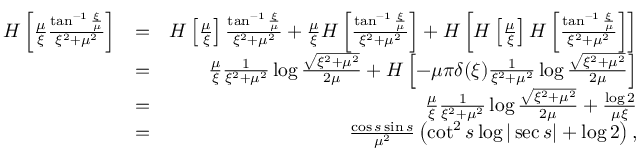
\begin{array} { r l r } { H \left[ \frac { \mu } { \xi } \frac { \tan ^ { - 1 } \frac { \xi } { \mu } } { \xi ^ { 2 } + \mu ^ { 2 } } \right] } & { = } & { H \left[ \frac { \mu } { \xi } \right] \frac { \tan ^ { - 1 } \frac { \xi } { \mu } } { \xi ^ { 2 } + \mu ^ { 2 } } + \frac { \mu } { \xi } H \left[ \frac { \tan ^ { - 1 } \frac { \xi } { \mu } } { \xi ^ { 2 } + \mu ^ { 2 } } \right] + H \left[ H \left[ \frac { \mu } { \xi } \right] H \left[ \frac { \tan ^ { - 1 } \frac { \xi } { \mu } } { \xi ^ { 2 } + \mu ^ { 2 } } \right] \right] } \\ & { = } & { \frac { \mu } { \xi } \frac { 1 } { \xi ^ { 2 } + \mu ^ { 2 } } \log \frac { \sqrt { \xi ^ { 2 } + \mu ^ { 2 } } } { 2 \mu } + H \left[ - \mu \pi \delta ( \xi ) \frac { 1 } { \xi ^ { 2 } + \mu ^ { 2 } } \log \frac { \sqrt { \xi ^ { 2 } + \mu ^ { 2 } } } { 2 \mu } \right] } \\ & { = } & { \frac { \mu } { \xi } \frac { 1 } { \xi ^ { 2 } + \mu ^ { 2 } } \log \frac { \sqrt { \xi ^ { 2 } + \mu ^ { 2 } } } { 2 \mu } + \frac { \log 2 } { \mu \xi } } \\ & { = } & { \frac { \cos s \sin s } { \mu ^ { 2 } } \left( \cot ^ { 2 } s \log | \sec s | + \log 2 \right) , } \end{array}